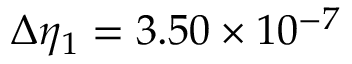
\Delta \eta _ { 1 } = 3 . 5 0 \times 1 0 ^ { - 7 }